Civil Veterinary Department. Madras. Admin. report 1926-33 - 1926-1933
Year: 1926
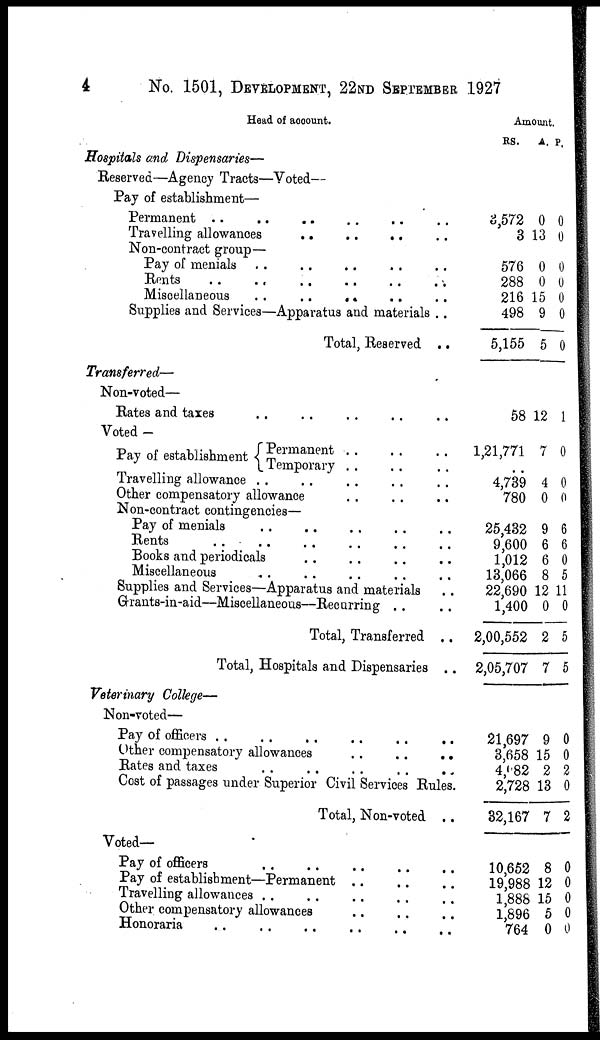
4
No. 1501, DEVELOPMENT, 22ND SEPTEMBER 1927
Head of account.
Hospitals and Dispensaries—
Reserved—Agency Tracts—Voted—
Pay of establishment—
Permanent .. .. .. .. ..
Travelling allowances .. .. .. ..
Non-contract group—
Pay of menials .. .. .. ..
Rents .. .. .. .. ..
Miscellaneous .. .. .. ..
Supplies and Services—Apparatus and materials .. ..
Total, Reserved ..
Transferred—
Non-voted—
Rates and taxes .. .. .. ..
Voted -
Pay of establishment Permanent .. .. ..
Temporary .. .. ..
Travelling allowance .. .. .. ..
Other compensatory allowance .. ..
Non-contract contingencies—
Pay of menials .. .. .. .. ..
Rents .. .. .. .. ..
Books and periodicals .. .. .. ..
Miscellaneous .. .. .. ..
Supplies and Services—Apparatus and materials
Grants-in-aid—Miscellaneous—Recurring ..
Total, Transferred ..
Total, Hospitals and Dispensaries ..
Veterinary College—
Non-voted—
Pay of officers .. .. .. .. .. .. .. ..
Other compensatory allowances .. .. ..
Rates and taxes .. .. ..
Cost of passages under Superior Civil Services Rules.
Total, Non-voted ..
Voted—
Pay of officers
Pay of establishment—Permanent .. .. ..
Travelling allowances .. .. .. .. ..
Other compensatory allowances .. .. .. ..
Honoraria .. .. .. .. .. .. ..
Amount.
RS.
3,572
3
576
288
216
498
5,155
58
1,21,771
4,739
780
25,432
9,600
1,012
13,066
22,690
1,400
2,00,552
2,05,707
21,697
3,658
4,082
2,728
32,167
10,652
19,988
1,888
1,896
764
A.
0
13
0
0
15
9
5
12
7
4
0
9
6
6
8
12
0
2
7
9
15
2
13
7
8
12
15
5
0
P.
0
0
0
0
0
0
0
1
0
0
0
6
6
0
5
11
0
5
5
0
0
2
0
2
0
0
0
0
0